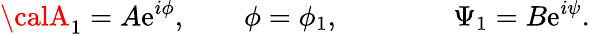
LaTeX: {\calA}_{1}=A\mathrm{e}^{i\phi},\qquad\phi=\phi_{1},\qquad\qquad\Psi_{1}=B\mathrm{e}^{i\psi}.